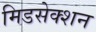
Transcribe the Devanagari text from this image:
मिडसेक्शन